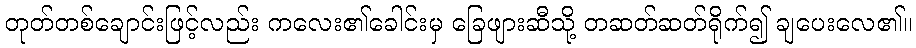
တုတ်တစ်ချောင်းဖြင့်လည်း ကလေး၏ခေါင်းမှ ခြေဖျားဆီသို့ တဆတ်ဆတ်ရိုက်၍ ချပေးလေ၏။